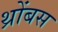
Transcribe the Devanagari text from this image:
थ्रोंबस